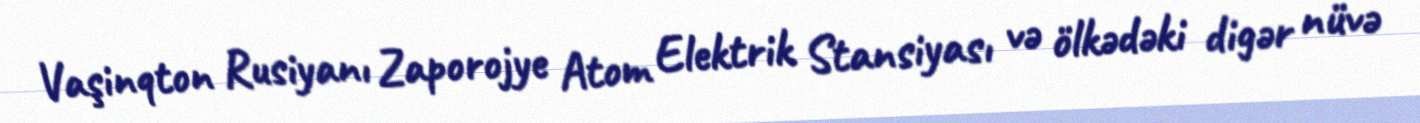
Vaşinqton Rusiyanı Zaporojye Atom Elektrik Stansiyası və ölkədəki digər nüvə